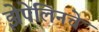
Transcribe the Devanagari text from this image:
झेपेलिनचे